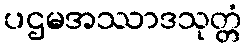
ပဌမအဿာဒသုတ္တံ